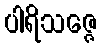
ပါရိသဇ္ဇေ